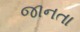
જાનતા